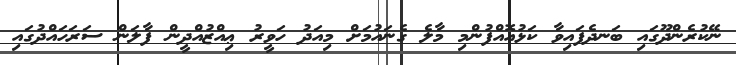
ނޭކުރެންދޫގައި ބަނދެފައިވާ ކަޅުއޮއްފުންމި މާލެ ގެނައުމަށް މިއަދު ހަވީރު ޢިއްޒުއްދީން ފާލަން ސަރަހައްދުގައި